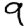
Digit: 9